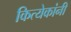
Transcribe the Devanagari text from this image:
कित्येकांनी